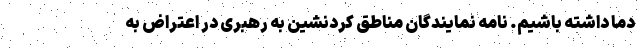
دما داشته باشیم. نامه نمایندگان مناطق کردنشین به رهبری در اعتراض به